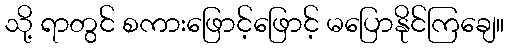
သို့ ရာတွင် စကားဖြောင့်ဖြောင့် မပြောနိုင်ကြချေ။